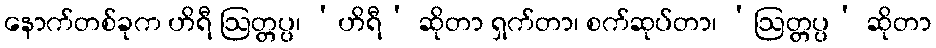
နောက်တစ်ခုက ဟိရီ ဩတ္တပ္ပ၊ ‘ဟိရီ’ ဆိုတာ ရှက်တာ၊ စက်ဆုပ်တာ၊ ‘ဩတ္တပ္ပ’ ဆိုတာ